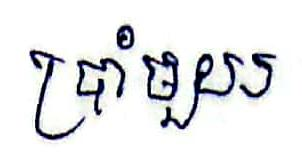
ប្រាំមួយ